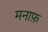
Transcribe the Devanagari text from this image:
मनाफ़